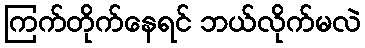
ကြက်တိုက်နေရင် ဘယ်လိုက်မလဲ